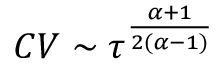
C V \sim \tau ^ { \frac { \alpha + 1 } { 2 ( \alpha - 1 ) } }